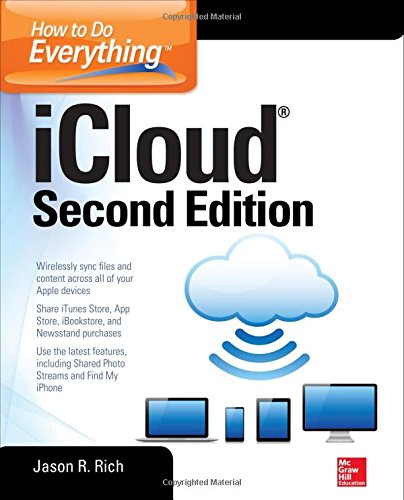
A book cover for How to Do Everything: iCloud, Second Edition; Jason R. Rich; Computers & Technology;